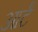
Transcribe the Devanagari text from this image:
आर्टं